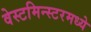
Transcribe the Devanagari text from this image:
वेस्टमिन्स्टरमध्ये